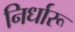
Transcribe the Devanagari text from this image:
निर्धारू